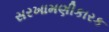
સરખામણીકારક